Indian journal of veterinary science and animal husbandry - Volume 5,
Year: 1935
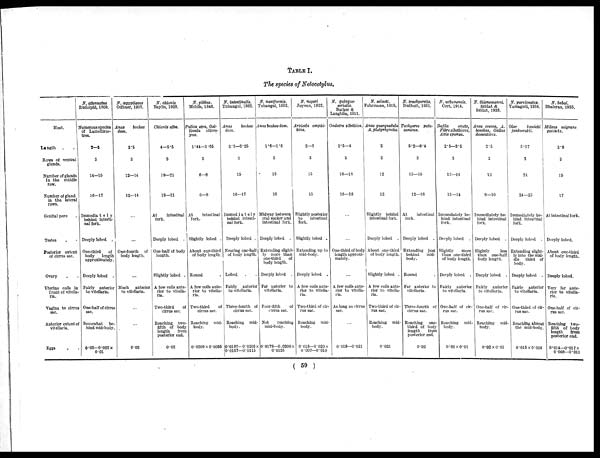
TABLE I.
The species of Notocotylus.
Host.
Length . .
Rows of ventral
glands.
Number of glands
in the middle
row.
Number of gland
in the lateral
rows.
Genital pore .
Testes . .
Posterior extent
of cirrus sac.
Ovary . .
Uterine coils in
front of vitella-
ria.
Vagina to cirrus
sac.
Anterior extent of
vitellaria.
Eggs .
N. attenuatus
Rudolphi, 1809.
Numerous species
of Lamelliros-
tres.
2—5
3
14—15
16—17
Immediate1y
behind intesti-
nal fork.
Deeply lobed .
One-third
of
body
length
approximately.
Deeply lobed .
Fairly anterior
to vitellaria.
One-half of cirrus
sac.
Somewhat
be-
hind mid-body.
0.02—0.022 ×
0.01
N. œgyptiacus
Odhner, 1905.
Anas
bochas
dom.
3.5
3
12—14
12—14
...
...
One-fourth of
body length.
...
Much
anterior
to vitellaria.
...
...
0.02
N. chionis
Baylis, 1928.
Chionis alba.
4—5.5
3
19—21
19—21
At
intestinal
fork.
Deeply lobed .
One-half of body
length.
Slightly lobed .
A few coils ante-
rior to vitella-
ria.
Two-third
of
cirrus sac.
Reaching two-
fifth of body
length
from
posterior end.
0.02
N. gibbus.
Mehlis, 1846.
Fulica atra, Gal-
linula chloro-
pus.
1.44—1.65
3
6—8
6—8
At
intestinal
fork.
Slightly lobed .
About one-third
of body length.
Round .
A few coils ante-
rior to vitella-
ria.
Two-third
of
cirrus sac.
Reaching mid-
body.
0.0209 × 0.0095
N. intestinalis.
Tubangui, 1932.
Anas bochas
dom.
2.3—3.25
3
15
16—17
Immediate1y
behind intesti-
nal fork.
Deeply lobed .
Nearing one-half
of body length.
Lobed . .
Fairly anterior
to vitellaria.
Three-fourth of
cirrus sac.
Reaching mid-
body.
0.0187—0.0205 ×
0.0137—0.0115
N. naviformis.
Tubangui, 1932.
Anas bochas dom.
1.6—1.8
3
13
10
Midway between
oral sucker and
intestinal fork.
Deeply lobed .
Extending slight-
-y more than
one-third
of
body length.
Deeply lobed .
Far anterior to
vitellaria.
Four-fifth
of
cirrus sac.
Not
reaching
mid-body.
0.0178—0.0208 ×
0.0125
N. noyeri
Joyeux, 1922.
Arvicola amphi-
bius.
2—3
3
15
15
Slightly posterior
to
intestinal
fork.
Slightly lobed .
Extending up to
mid-body.
Deeply lobed .
A few coils ante-
rior to vitella-
ria.
Two-third of cir-
rus sac.
Reaching mid-
body.
0.018—0.020 ×
0.007—0.010
N. quinque-
serialis.
Barker &
Langhlin, 1911.
Ondatra zibethica.
2.5—4
5
16—18
16—18
...
...
One-third of body
length approxi
mately.
...
A few coils ante
rior to vitella
ria.
As long as cirrus
sac.
0.019—0.021
N. seineti.
Fuhrmann, 1919.
Anas querquedula
A.platyrhyncha.
2
3
12
12
Slightly behind
intestinal fork.
Deeply lobed .
About one-third
of body length.
Slightly lobed .
A few coils ante-
rior to vitella-
ria.
Two-third of cir-
rus sac.
Reaching mid-
body.
0.021
N. trachyeretis.
Duthoit, 1931.
Tachyeres pata-
conicus.
5.2—6.4
3
15—16
12—16
At
intestinal
fork.
Deeply lobed .
Extending just
behind
mid-
body.
Round .
Far anterior to
vitellaria.
Three-fourth of
cirrus sac.
Reaching
one-
third of body
length
from
posterior end.
0.02
N. urbanensis.
Cort, 1914.
Dafila
acuta,
Fibre zibethicus,
Axis sponsa.
2.5—3.5
3
13—14
13—14
Immediately be-
hind intestinal
fork.
Deeply lobed .
Slightly
more
than one-third
of body length.
Deeply lobed .
Fairly anterior
to vitellaria.
One-half of cir-
rus sac.
Reaching mid-
body.
0.02 × 0.01
N. thienemanni.
Szidat &
Szidat, 1933.
Anas crecca, A.
boschas, Gallus
domesticus.
2.5
3
12
9—10
Immediately be-
hind intestinal
fork.
Deeply lobed .
Slightly
less
than one-half
body length.
Deeply lobed .
Fairly anterior
to vitellaria.
One-half of cir-
rus sac.
Reaching mid-
body.
0.02 × 0.01
N. parviovatus.
Yamaguti, 1934.
Olar
bewicki
jankowskii.
5.17
3
21
24—25
Immediately be-
hind intestinal
fork.
Deeply lobed .
Extending slight-
-y into the mid-
dle third of
body.
Deeply lobed .
Fairly anterior
to vitellaria.
One-third of cir-
rus sac.
Reaching almost
the mid-body.
0.015 × 0.009
N. babai.
Bhalerao, 1935.
Milvus migrans
govinda.
3.8
3
15
17
At intestinal fork.
Deeply lobed.
About one-third
of body length.
Deeply lobed.
Very far ante-
rior to vitella-
ria.
One-half of cir-
rus sac.
Reaching two-
fifth of body
length
from
posterior end.
0.014—0.017 ×
0.008—0.011
( 59 )